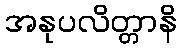
အနုပလိတ္တာနိ